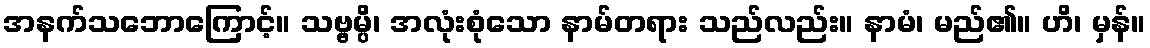
အနက်သဘောကြောင့်။ သဗ္ဗမ္ပိ၊ အလုံးစုံသော နာမ်တရား သည်လည်း။ နာမံ၊ မည်၏။ ဟိ၊ မှန်။